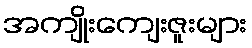
အကျိုးကျေးဇူးများ